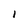
Character: l